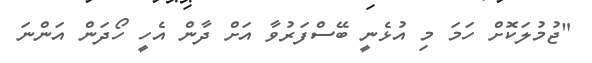
"ޖުމުލަކޮށް ހަމަ މި އުޅެނީ ބޭސްފަރުވާ އަށް ދާން އެހީ ހޯދަން އަންނަ